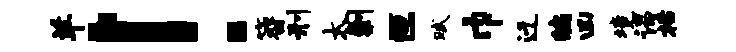
羊！簪刑太剿叵赋巾迁编凶境谒栝